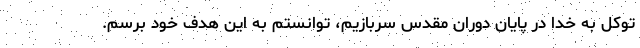
توکل به خدا در پایان دوران مقدس سربازیم، توانستم به این هدف خود برسم.